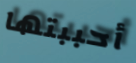
أحببتها